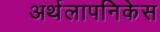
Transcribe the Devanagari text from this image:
अर्थलापनिकेस